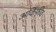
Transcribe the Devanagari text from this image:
अकिंफीव